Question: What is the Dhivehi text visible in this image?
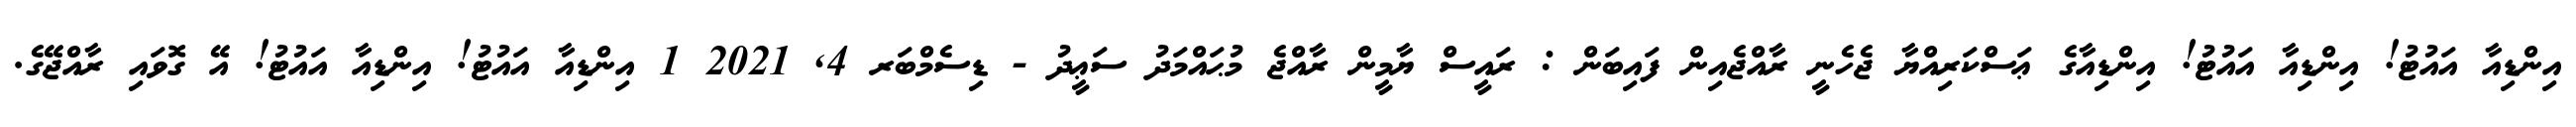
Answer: އިންޑިއާ އައުޓު! އިންޑިއާ އައުޓު! އިންޑިއާގެ ޢަސްކަރިއްޔާ ޖެހެނީ ރާއްޖެއިން ފައިބަން : ރައީސް ޔާމީން ރާއްޖެ މުޙައްމަދު ސަޢީދު - ޑިސެމްބަރ 4, 2021 1 އިންޑިއާ އައުޓު! އިންޑިއާ އައުޓު! އޭ ގޮވައި ރާއްޖޭގެ.